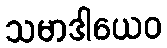
သမာဒါယေဝ